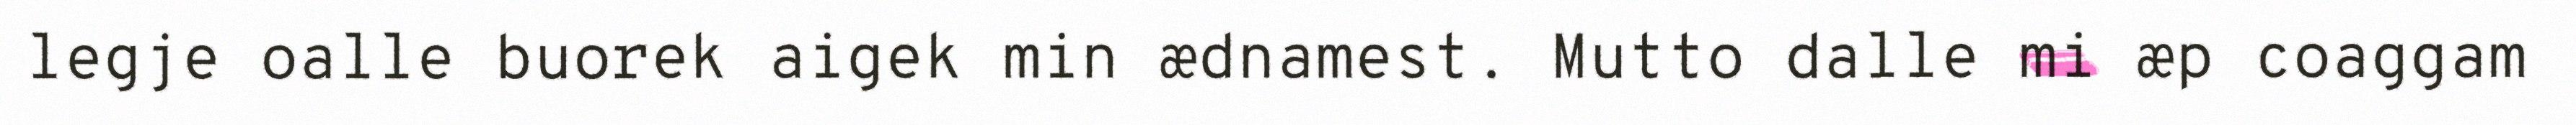
legje oalle buorek aigek min ædnamest. Mutto dalle mi æp coaggam